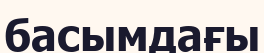
басымдағы